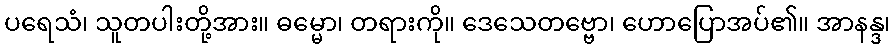
ပရေသံ၊ သူတပါးတို့အား။ ဓမ္မော၊ တရားကို။ ဒေသေတဗ္ဗော၊ ဟောပြောအပ်၏။ အာနန္ဒ၊